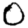
Digit: 0